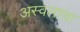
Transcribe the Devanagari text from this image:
अस्वलाचा